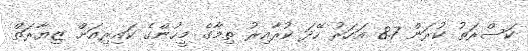
ކަސްރަތު ކުރަން 8.7 އަހަރު ހޭދަ ކުރާއިރު ތިމާގެ މީހުންގެ ކައިރިއަށް ޒިޔާރަތް